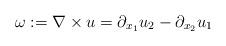
LaTeX: \begin{align*} \omega:=\nabla\times u= \partial_{x_1} u_{2} - \partial_{x_2} u_{1} \end{align*}